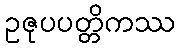
ဥဇုပပတ္တိကဿ